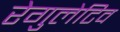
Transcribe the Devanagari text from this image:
रेगुलेटिव